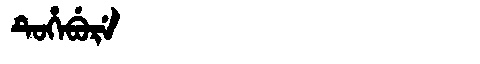
Manchu: ᡨᡠᡥᡝᠪᡠᡵᡝ
Romanization: TUHEBURE